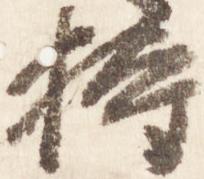
持